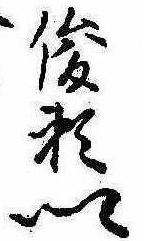
俊頼卿